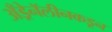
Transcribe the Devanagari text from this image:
अँड्रेनॅलीनकडून